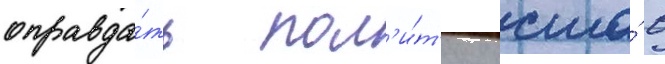
оправда́ть пол'и́т'ику сша́ в